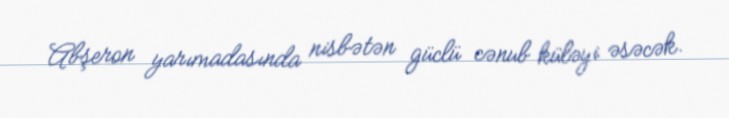
Abşeron yarımadasında nisbətən güclü cənub küləyi əsəcək.